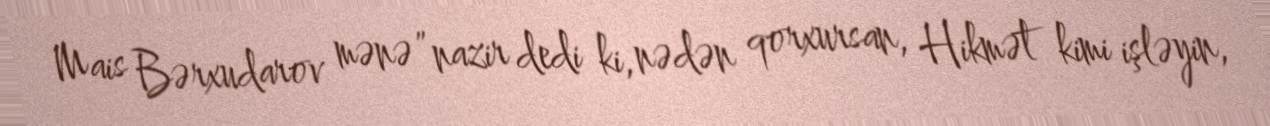
Mais Bərxudarov mənə ”nazir dedi ki, nədən qorxursan, Hikmət kimi işləyin,